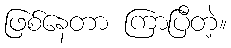
ဖြစ်နေတာ ကြာပြီတဲ့။